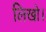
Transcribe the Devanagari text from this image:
लिखो।